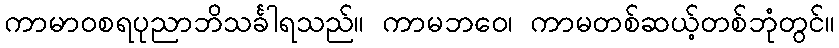
ကာမာဝစရပုညာဘိသင်္ခါရသည်။ ကာမဘဝေ၊ ကာမတစ်ဆယ့်တစ်ဘုံတွင်။